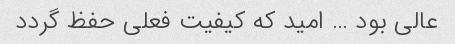
عالی بود … امید که کیفیت فعلی حفظ گردد